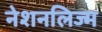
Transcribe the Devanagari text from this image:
नेशनलिज्म